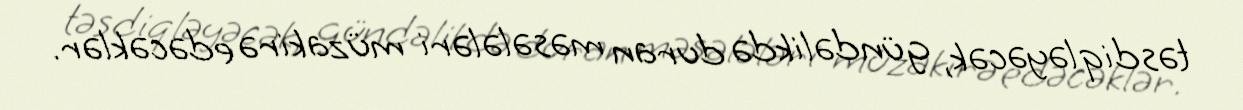
təsdiqləyəcək, gündəlikdə duran məsələləri müzakirə edəcəklər.